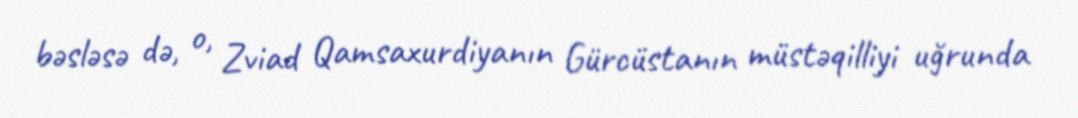
bəsləsə də, o, Zviad Qamsaxurdiyanın Gürcüstanın müstəqilliyi uğrunda